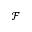
\mathcal { F }